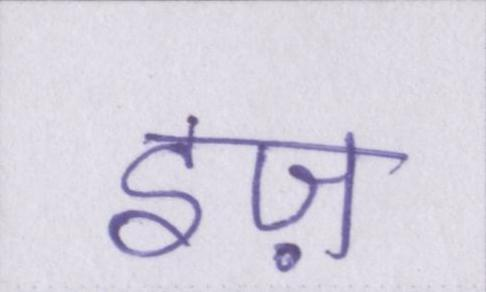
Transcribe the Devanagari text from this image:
इज़